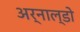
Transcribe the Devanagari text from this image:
अर्नाल्डो